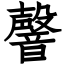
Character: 韾